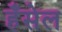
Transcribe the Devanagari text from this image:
हँसेल